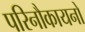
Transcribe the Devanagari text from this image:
परिनौकायनों